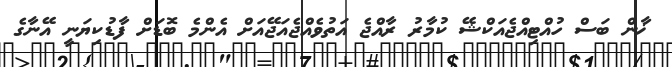
ޚާން ބަސް ހުއްޓިއްޖެއަކްޝޭ ކުމާރު ރާއްޖެ އަތުވެއްޖެއަޖޭއަށް އެންމެ ބޮޑަށް ފާޑުކިޔަނީ އޭނާގެ